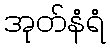
အုတ်နံရံ